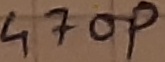
Text: 470p